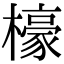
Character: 檺